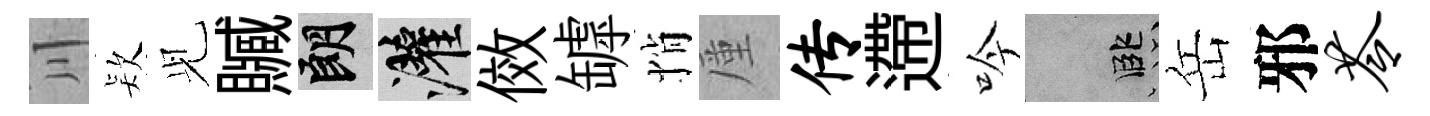
川𣣇𫤗贓朗灌傚罅悄厪传遰吟孟岳邪苓